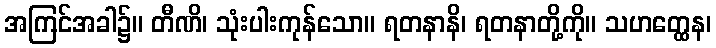
အကြင်အခါ၌။ တီဏိ၊ သုံးပါးကုန်သော။ ရတနာနိ၊ ရတနာတို့ကို။ သဟတ္ထေန၊